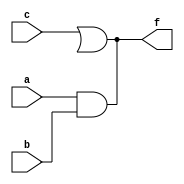
module using_supply_wire(a, b, c, f);
 input a, b, c;
 output f;
 wire t1, t2;
 supply1 vcc;
 supply0 gnd;
 nand G1 (t1, vcc, a, b); //by defauly value is assigned to t1
 xor G2 (t2, c, gnd); //by default the value is assigned to t2
 assign f = a & b;
 assign f = c | high;
endmodule